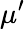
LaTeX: \mu^{\prime}